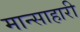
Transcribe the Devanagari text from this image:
मान्साहारी